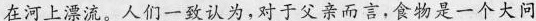
在河上漂流。人们一致认为,对于父亲而言,食物是一个大问